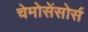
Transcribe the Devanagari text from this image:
चेमोसेंसोर्स